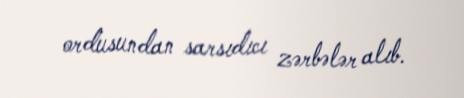
ordusundan sarsıdıcı zərbələr alıb.